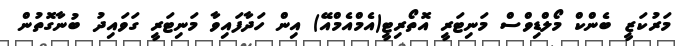
މަރުކަޒީ ބެންކް މޯލްޑިވްސް މަނިޓަރީ އޮތޯރިޓީ(އެމްއެމްއޭ) އިން ހަދާފައިވާ މަނިޓަރީ ގަވައިދު ބުނާގޮތުން